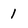
Character: 1